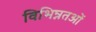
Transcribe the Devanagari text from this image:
विभिन्नतओं